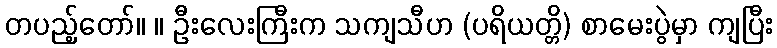
တပည့်တော်။ ။ ဦးလေးကြီးက သကျသီဟ (ပရိယတ္တိ) စာမေးပွဲမှာ ကျပြီး